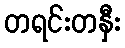
တရင်းတနှီး